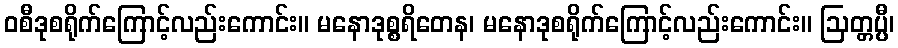
ဝစီဒုစရိုက်ကြောင့်လည်းကောင်း။ မနောဒုစ္စရိတေန၊ မနောဒုစရိုက်ကြောင့်လည်းကောင်း။ ဩတ္တပ္ပီ၊